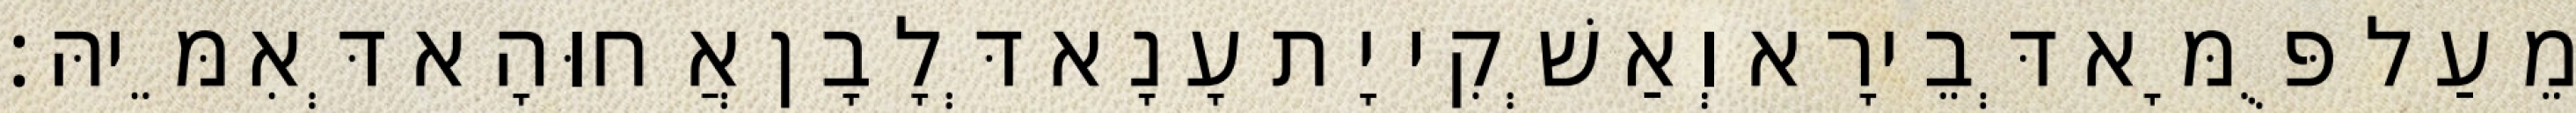
מֵעַל פֻּמָּא דְּבֵירָא וְאַשְׁקִי יָת עָנָא דְּלָבָן אֲחוּהָא דְּאִמֵּיהּ׃